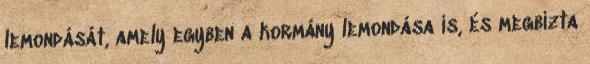
lemondását, amely egyben a kormány lemondása is, és megbízta